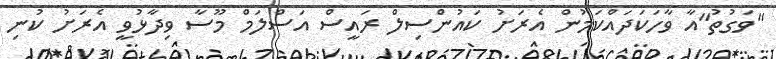
"ވަގުތު"އާ ވާހަކަދައްކަމުން އެރަށު ކައުންސިލް ރައީސް އަސްލަމް މޫސާ ވިދާޅުވީ އެރަށު ކުނި